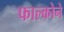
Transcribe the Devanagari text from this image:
फाल्कोने